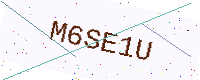
Text: M6SE1U